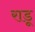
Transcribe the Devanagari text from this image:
राडू